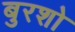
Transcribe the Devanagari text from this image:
बुरशो